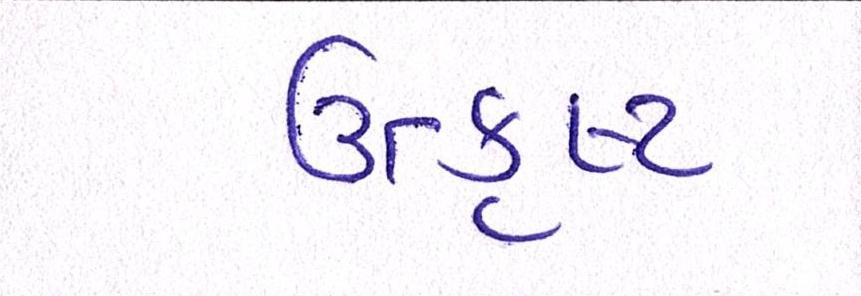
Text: ઉત્કૃષ્ટ